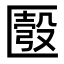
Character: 𠥚